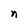
Character: n